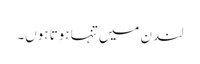
لندن میں تنہا ہوتا ہوں۔